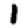
Digit: 1